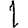
Digit: 1